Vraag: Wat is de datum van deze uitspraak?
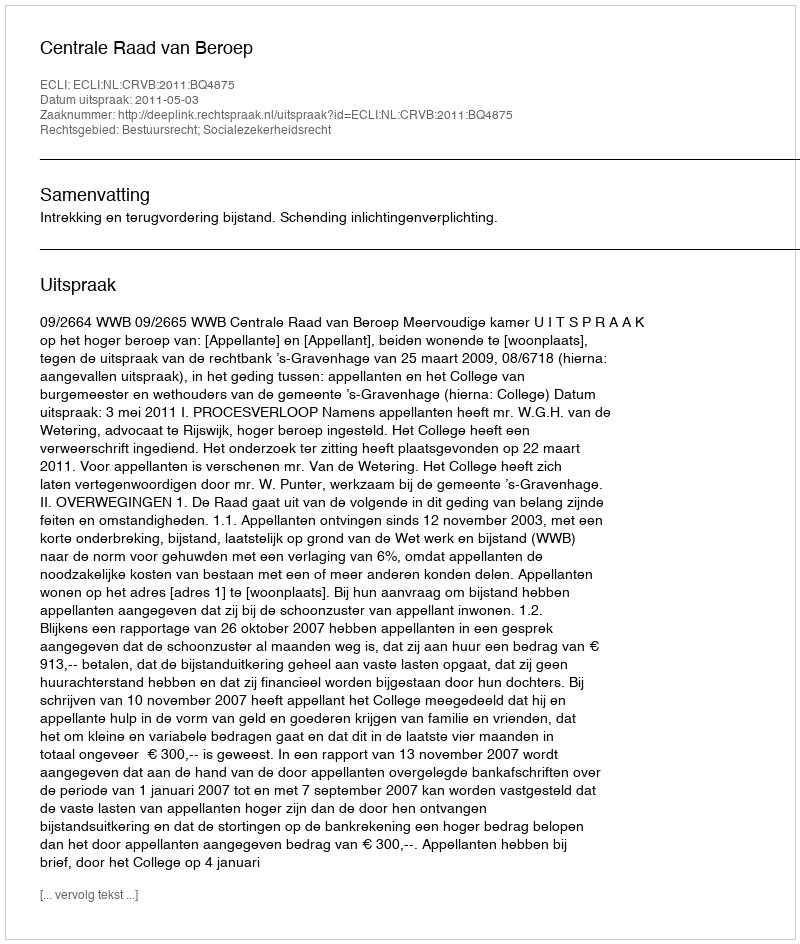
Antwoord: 2011-05-03